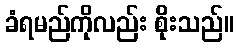
ခံရမည်ကိုလည်း စိုးသည်။